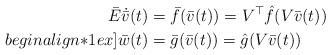
LaTeX: \begin{align*} \bar{E} \dot{\bar{v}}(t) & = \bar{f}(\bar{v}(t)) = V^\top \hat{f}(V \bar{v}(t)) \\begin{align*}1ex] \bar{w}(t) & = \bar{g}(\bar{v}(t)) = \hat{g}(V \bar{v}(t)) \end{align*}